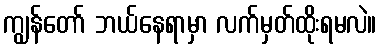
ကျွန်တော် ဘယ်နေရာမှာ လက်မှတ်ထိုးရမလဲ။